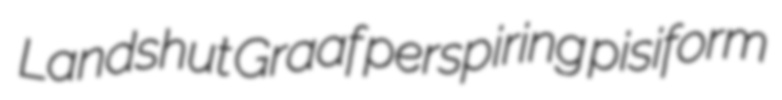
Landshut Graaf perspiring pisiform